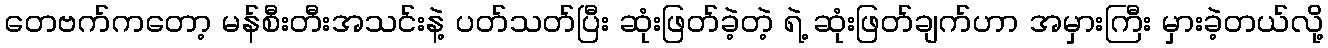
တေဗက်ကတော့ မန်စီးတီးအသင်းနဲ့ ပတ်သတ်ပြီး ဆုံးဖြတ်ခဲ့တဲ့ ရဲ့ ဆုံးဖြတ်ချက်ဟာ အမှားကြီး မှားခဲ့တယ်လို့